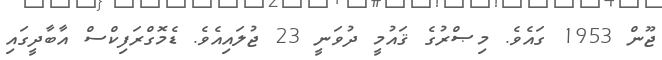
ޖޫން 1953 ގައެވެ. މިޞްރުގެ ޤައުމީ ދުވަނީ 23 ޖުލައިއެވެ. ޑެމޮގްރަފިކްސް އާބާދީީގައި